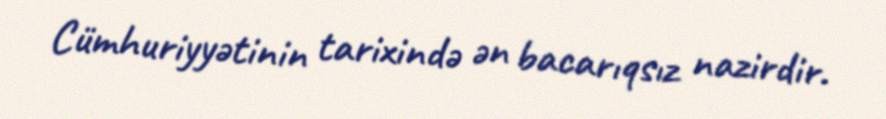
Cümhuriyyətinin tarixində ən bacarıqsız nazirdir.